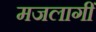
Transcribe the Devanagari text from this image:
मजलागीं